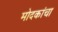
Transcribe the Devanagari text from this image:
मोदकांचा